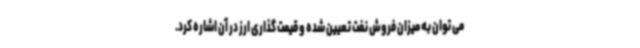
می توان به میزان فروش نفت تعیین شده و قیمت گذاری ارز در آن اشاره کرد.